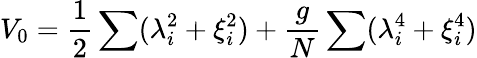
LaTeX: V_{0}={\frac{1}{2}}\sum(\lambda_{i}^{2}+\xi_{i}^{2})+{\frac{g}{N}}\sum(\lambda_{i}^{4}+\xi_{i}^{4})